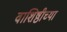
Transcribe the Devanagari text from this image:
वाशिष्ठीच्या